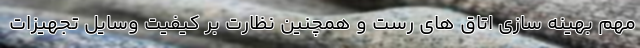
مهم بهینه سازی اتاق های رست و همچنین نظارت بر کیفیت وسایل تجهیزات